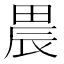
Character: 𤲆